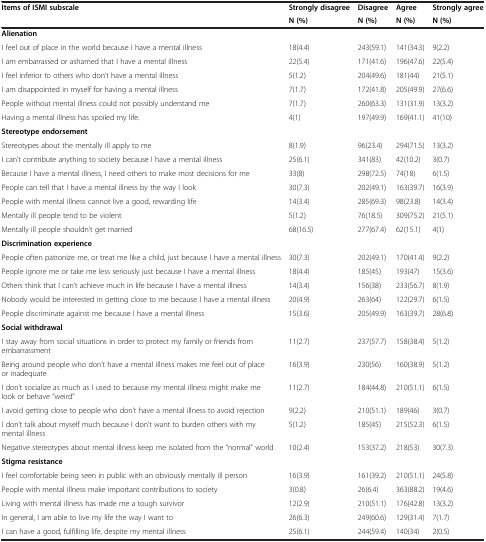
<table><thead><tr><td rowspan="2"><b>Items of ISMI subscale</b></td><td><b>Strongly disagree</b></td><td><b>Disagree</b></td><td><b>Agree</b></td><td><b>Strongly agree</b></td></tr><tr><td><b>N (%)</b></td><td><b>N (%)</b></td><td><b>N (%)</b></td><td><b>N (%)</b></td></tr></thead><tbody><tr><td><b>Alienation</b></td><td></td><td></td><td></td><td></td></tr><tr><td>I feel out of place in the world because I have a mentalillness</td><td>18(4.4)</td><td>243(59.1)</td><td>141(34.3)</td><td>9(2.2)</td></tr><tr><td>I am embarrassed or ashamed that I have a mentalillness</td><td>22(5.4)</td><td>171(41.6)</td><td>196(47.6)</td><td>22(5.4)</td></tr><tr><td>I feel inferior to others who don’t have a mentalillness</td><td>5(1.2)</td><td>204(49.6)</td><td>181(44)</td><td>21(5.1)</td></tr><tr><td>I am disappointed in myself for having a mentalillness</td><td>7(1.7)</td><td>172(41.8)</td><td>205(49.9)</td><td>27(6.6)</td></tr><tr><td>People without mental illness could not possibly understandme</td><td>7(1.7)</td><td>260(63.3)</td><td>131(31.9)</td><td>13(3.2)</td></tr><tr><td>Having a mental illness has spoiled my life.</td><td>4(1)</td><td>197(49.9)</td><td>169(41.1)</td><td>41(10)</td></tr><tr><td><b>Stereotype endorsement</b></td><td></td><td></td><td></td><td></td></tr><tr><td>Stereotypes about the mentally ill apply to me</td><td>8(1.9)</td><td>96(23.4)</td><td>294(71.5)</td><td>13(3.2)</td></tr><tr><td>I can’t contribute anything to society because I have amental illness</td><td>25(6.1)</td><td>341(83)</td><td>42(10.2)</td><td>3(0.7)</td></tr><tr><td>Because I have a mental illness, I need others to make mostdecisions for me</td><td>33(8)</td><td>298(72.5)</td><td>74(18)</td><td>6(1.5)</td></tr><tr><td>People can tell that I have a mental illness by the way Ilook</td><td>30(7.3)</td><td>202(49.1)</td><td>163(39.7)</td><td>16(3.9)</td></tr><tr><td>People with mental illness cannot live a good, rewardinglife</td><td>14(3.4)</td><td>285(69.3)</td><td>98(23.8)</td><td>14(3.4)</td></tr><tr><td>Mentally ill people tend to be violent</td><td>5(1.2)</td><td>76(18.5)</td><td>309(75.2)</td><td>21(5.1)</td></tr><tr><td>Mentally ill people shouldn’t get married</td><td>68(16.5)</td><td>277(67.4)</td><td>62(15.1)</td><td>4(1)</td></tr><tr><td><b>Discrimination experience</b></td><td></td><td></td><td></td><td></td></tr><tr><td>People often patronize me, or treat me like a child, justbecause I have a mental illness</td><td>30(7.3)</td><td>202(49.1)</td><td>170(41.4)</td><td>9(2.2)</td></tr><tr><td>People ignore me or take me less seriously just because Ihave a mental illness</td><td>18(4.4)</td><td>185(45)</td><td>193(47)</td><td>15(3.6)</td></tr><tr><td>Others think that I can’t achieve much in life because Ihave a mental illness</td><td>14(3.4)</td><td>156(38)</td><td>233(56.7)</td><td>8(1.9)</td></tr><tr><td>Nobody would be interested in getting close to me because Ihave a mental illness</td><td>20(4.9)</td><td>263(64)</td><td>122(29.7)</td><td>6(1.5)</td></tr><tr><td>People discriminate against me because I have a mentalillness</td><td>15(3.6)</td><td>205(49.9)</td><td>163(39.7)</td><td>28(6.8)</td></tr><tr><td><b>Social withdrawal</b></td><td></td><td></td><td></td><td></td></tr><tr><td>I stay away from social situations in order to protect myfamily or friends from embarrassment</td><td>11(2.7)</td><td>237(57.7)</td><td>158(38.4)</td><td>5(1.2)</td></tr><tr><td>Being around people who don’t have a mental illness makes mefeel out of place or inadequate</td><td>16(3.9)</td><td>230(56)</td><td>160(38.9)</td><td>5(1.2)</td></tr><tr><td>I don’t socialize as much as I used to because my mentalillness might make me look or behave “weird”</td><td>11(2.7)</td><td>184(44.8)</td><td>210(51.1)</td><td>6(1.5)</td></tr><tr><td>I avoid getting close to people who don’t have a mentalillness to avoid rejection</td><td>9(2.2)</td><td>210(51.1)</td><td>189(46)</td><td>3(0.7)</td></tr><tr><td>I don’t talk about myself much because I don’t want toburden others with my mental illness</td><td>5(1.2)</td><td>185(45)</td><td>215(52.3)</td><td>6(1.5)</td></tr><tr><td>Negative stereotypes about mental illness keep me isolatedfrom the “normal” world</td><td>10(2.4)</td><td>153(37.2)</td><td>218(53)</td><td>30(7.3)</td></tr><tr><td><b>Stigma resistance</b></td><td></td><td></td><td></td><td></td></tr><tr><td>I feel comfortable being seen in public with an obviouslymentally ill person</td><td>16(3.9)</td><td>161(39.2)</td><td>210(51.1)</td><td>24(5.8)</td></tr><tr><td>People with mental illness make important contributions tosociety</td><td>3(0.8)</td><td>26(6.4)</td><td>363(88.2)</td><td>19(4.6)</td></tr><tr><td>Living with mental illness has made me a toughsurvivor</td><td>12(2.9)</td><td>210(51.1)</td><td>176(42.8)</td><td>13(3.2)</td></tr><tr><td>In general, I am able to live my life the way I wantto</td><td>26(6.3)</td><td>249(60.6)</td><td>129(31.4)</td><td>7(1.7)</td></tr><tr><td>I can have a good, fulfilling life, despite my mentalillness</td><td>25(6.1)</td><td>244(59.4)</td><td>140(34)</td><td>2(0.5)</td></tr></tbody></table>